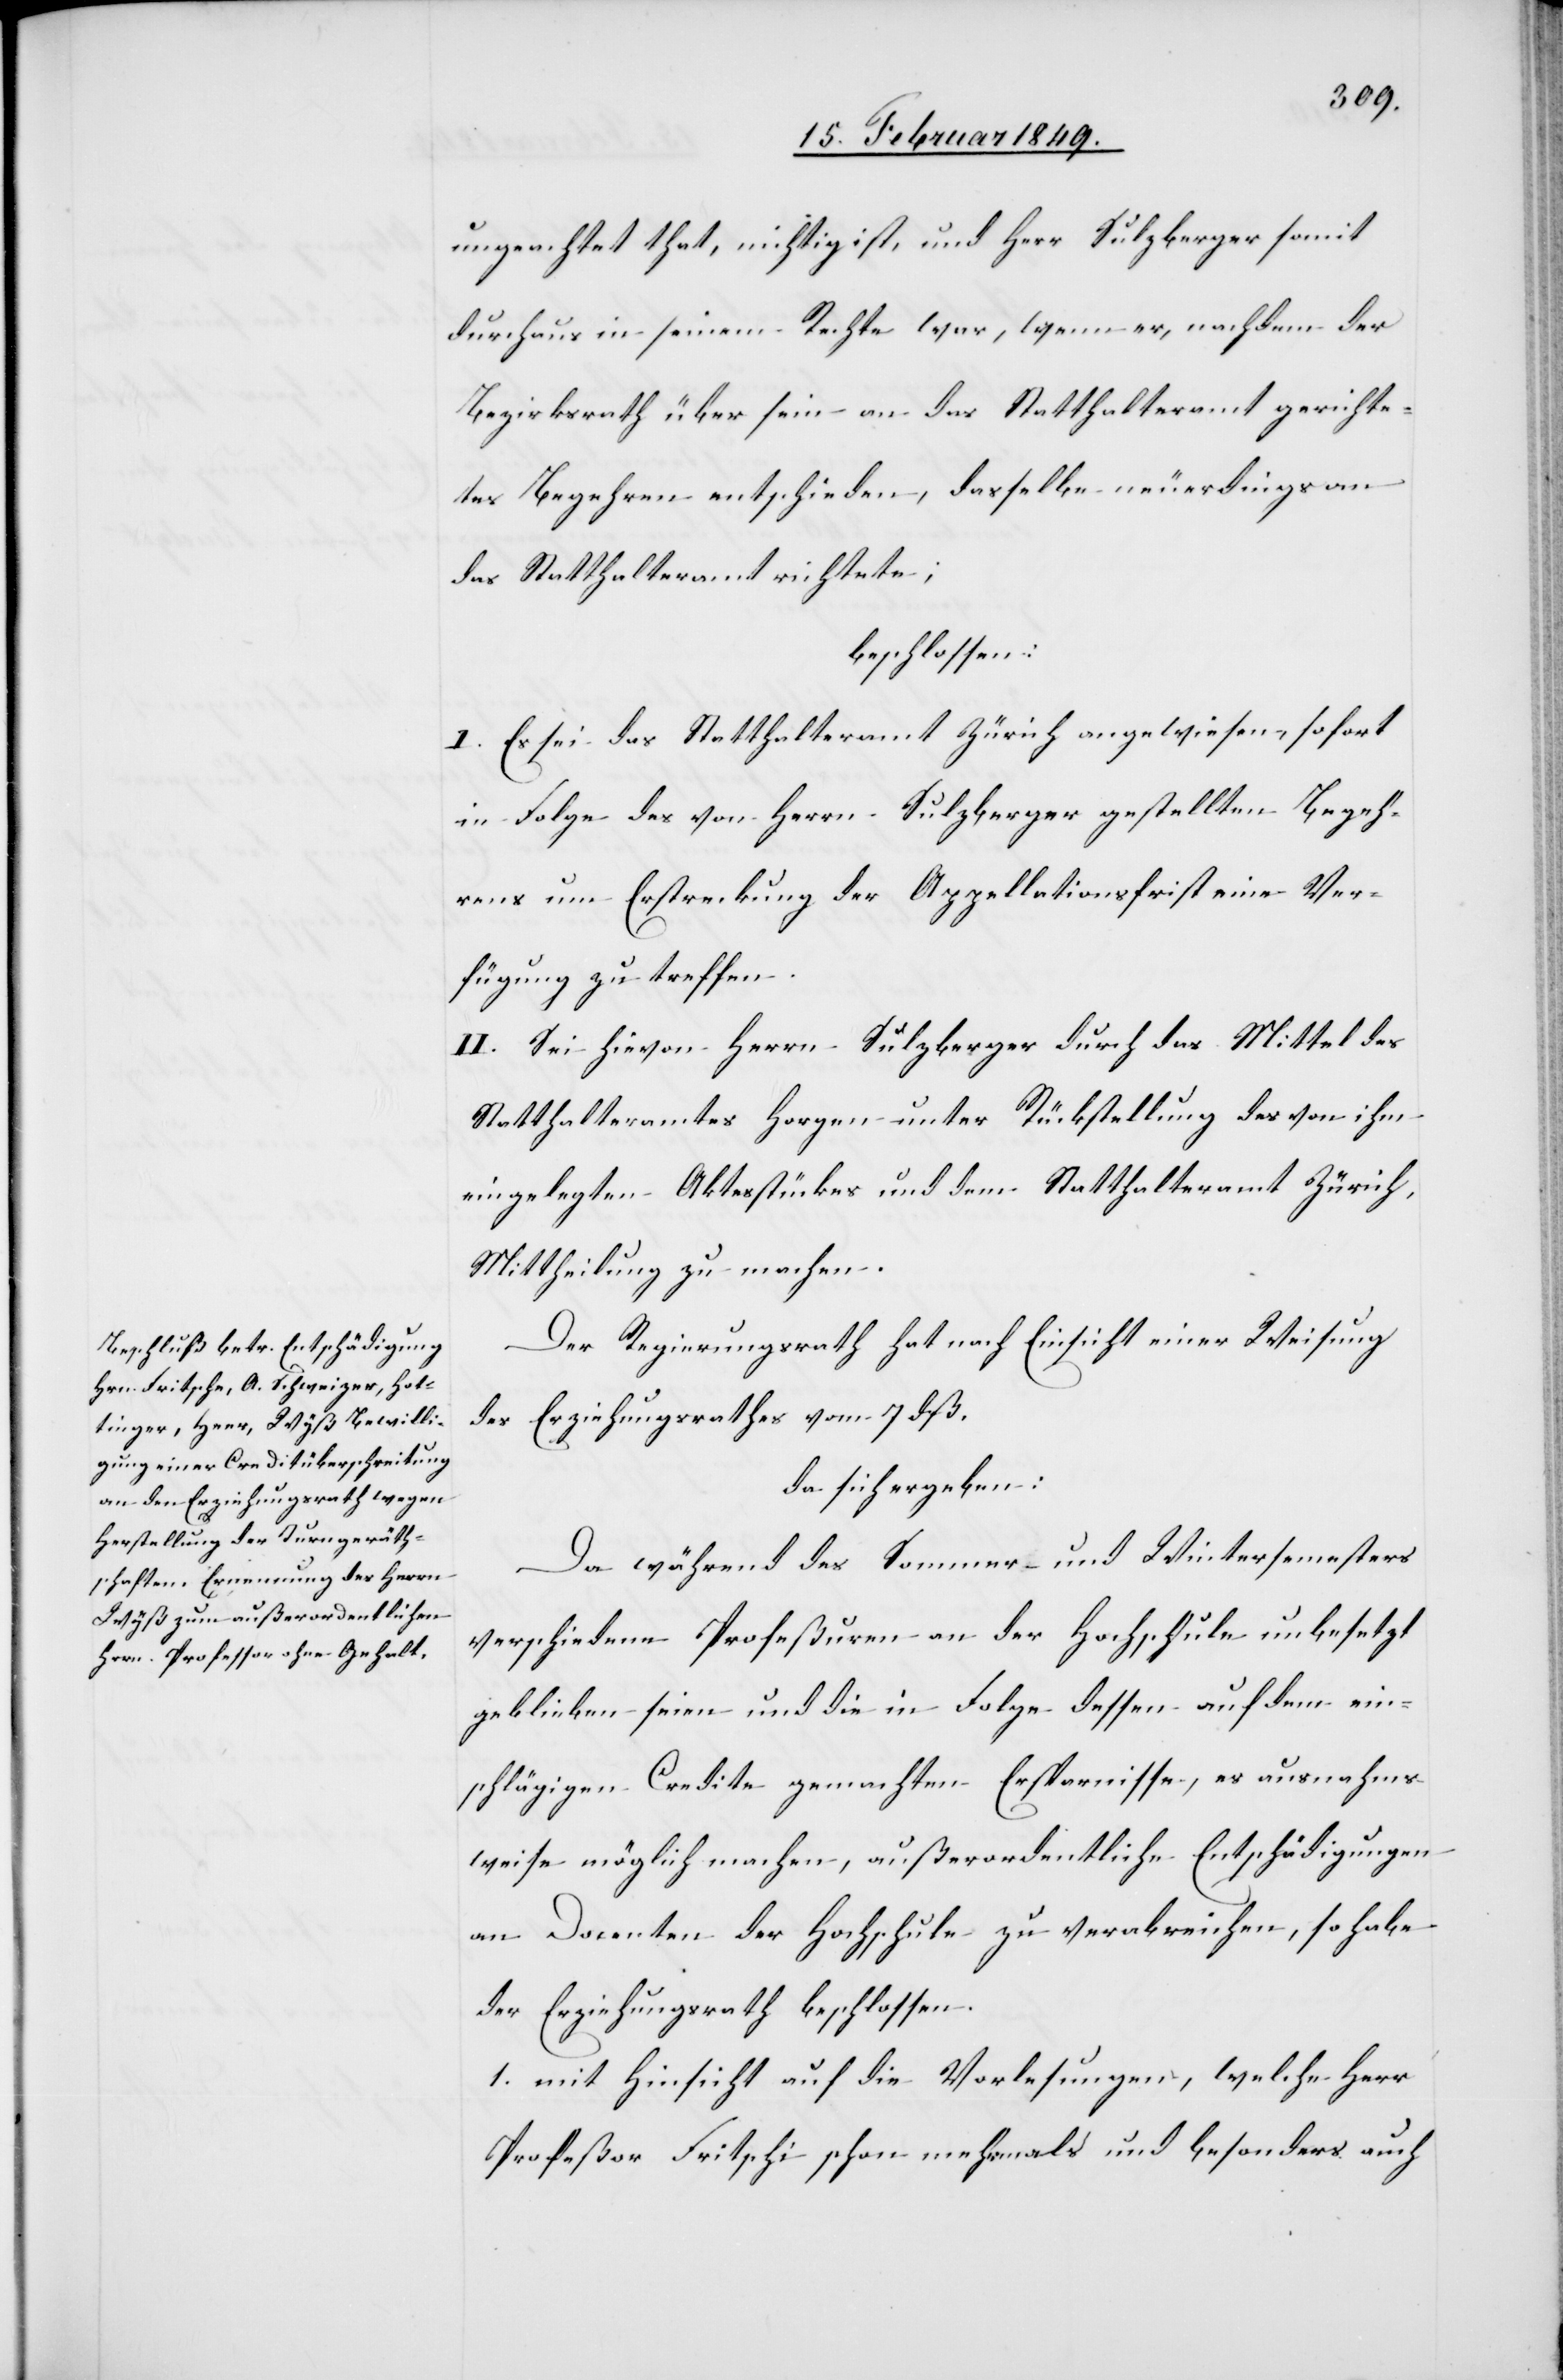
ungeachtet that, nichtig ist, und Herr Sulzberger somit
durchaus in seinem Rechte war, wenn er, nachdem der
Bezirksrath über sein an das Statthalteramt gerichte¬
tes Begehren entschieden, dasselbe neuerdings an
das Statthalteramt richtete;
beschlossen:
I. Es sei das Statthalteramt Zürich angewiesen, sofort
in Folge des von Herrn Sulzberger gestellten Begeh¬
rens um Erstreckung der Appellationsfrist eine Ver¬
fügung zu treffen.
II. Sei hievon Herrn Sulzberger durch das Mittel des
Statthalteramtes Horgen unter Rückstellung des von ihm
eingelegten Aktesstückes [sic!] und dem Statthalteramt Zürich,
Mittheilung zu machen.
Der Regierungsrath hat nach Einsicht einer Weisung
des Erziehungsrathes vom 7 dß.
da sich ergeben:
Da während des Sommer- und Wintersemesters
verschiedene Profeßuren an der Hochschule unbesetzt
geblieben seien und die in Folge dessen auf dem ein¬
schlägigen Credite gemachten Ersparnisse, es ausnahms¬
weise möglich machen, außerordentliche Entschädigungen
an Docenten der Hochschule zu verabreichen, so habe
der Erziehungsrath beschlossen.
1. mit Hinsicht auf die Vorlesungen, welche Herr
Profeßor Fritschi [sic!] schon mehrmals und besonders auch